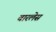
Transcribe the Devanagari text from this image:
वारलेस